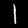
Digit: 1